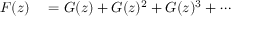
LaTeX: \begin{array} { r l } { F ( z ) } & { { } = G ( z ) + G ( z ) ^ { 2 } + G ( z ) ^ { 3 } + \cdots } \end{array}